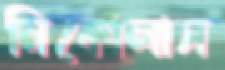
নিকোলাস